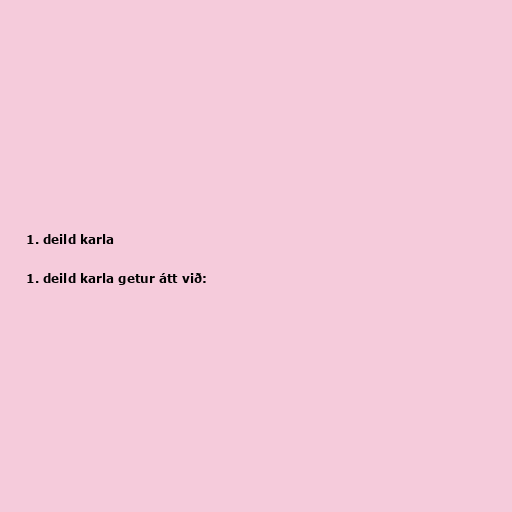
1. deild karla

1. deild karla getur átt við: